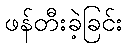
ဖန်တီးခဲ့ခြင်း